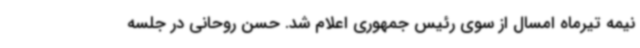
نیمه تیرماه امسال از سوی رئیس جمهوری اعلام شد. حسن روحانی در جلسه